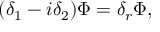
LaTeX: ( \delta _ { 1 } - i \delta _ { 2 } ) \Phi = \delta _ { r } \Phi ,